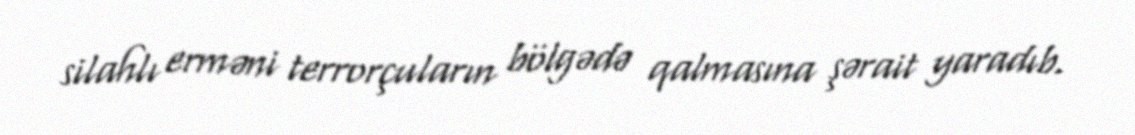
silahlı erməni terrorçuların bölgədə qalmasına şərait yaradıb.